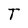
Character: T